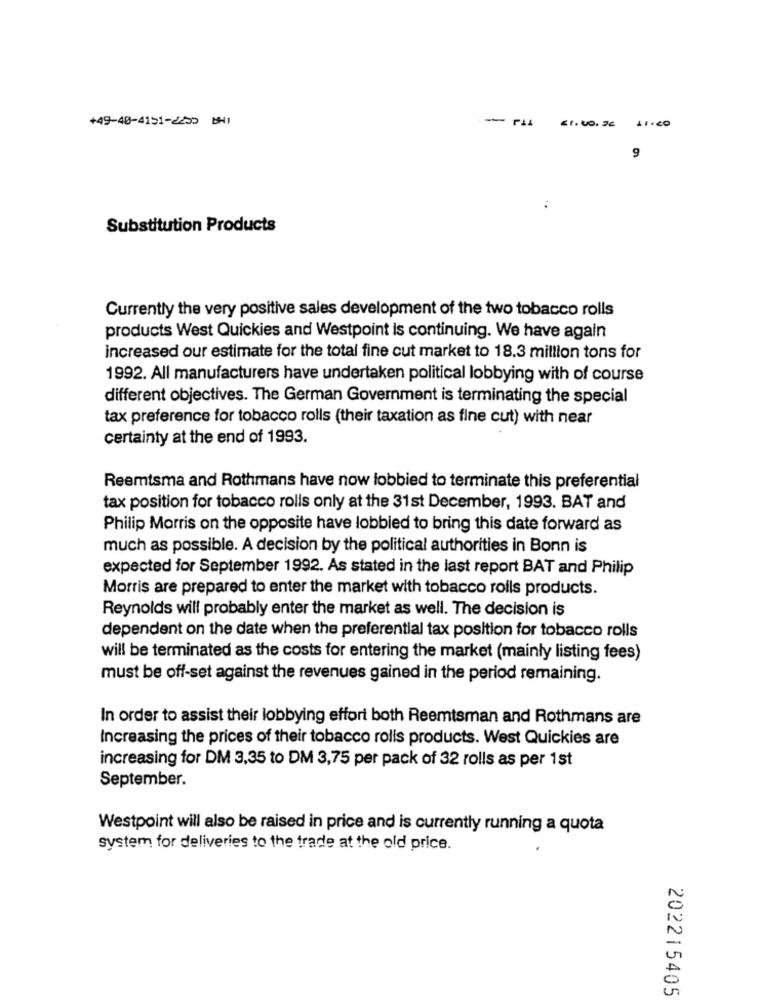
+49-40-4151-2230 BHI
- P11 21.20:26
9
Substitution Products
Currently the very positive sales development of the two tobacco rolls
products West Quickies and Westpoint is continuing. We have again
increased our estimate for the total fine cut market to 18.3 million tons for
1992. All manufacturers have undertaken political lobbying with of course
different objectives. The German Government is terminating the special
tax preference for tobacco rolls (their taxation as fine cut) with near
certainty at the end of 1993.
Reemtsma and Rothmans have now lobbied to terminate this preferential
tax position for tobacco rolls only at the 31st December, 1993. BAT and
Philip Morris on the opposite have lobbied to bring this date forward as
much as possible. A decision by the political authorities in Bonn is
expected for September 1992. As stated in the last report BAT and Philip
Morris are prepared to enter the market with tobacco rolls products.
Reynolds will probably enter the market as well. The decision is
dependent on the date when the preferential tax position for tobacco rolls
will be terminated as the costs for entering the market (mainly listing fees)
must be off-set against the revenues gained in the period remaining.
In order to assist their lobbying effort both Reemtsman and Rothmans are
Increasing the prices of their tobacco rolls products. West Quickies are
increasing for DM 3,35 to DM 3,75 per pack of 32 rolls as per 1st
September.
Westpoint will also be raised in price and is currently running a quota
system for deliveries to the trade at the old price.
202215405